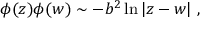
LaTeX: \phi ( z ) \phi ( w ) \sim - b ^ { 2 } \ln | z - w | ~ , ~ ~ ~